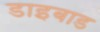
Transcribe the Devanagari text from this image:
डाइबाड